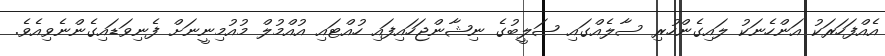
އެއްފަހަރަކު އަންހެނަކު ލައިގެންހުރި ސާލެއްގައި ޞަލީބުގެ ނިޝާންޖަހައިފައި ހުއްޓައި އުއްމުލް މުއުމިނީނަށް ފެނިވަޑައިގެންނެވިއެވެ.